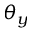
\theta _ { y }